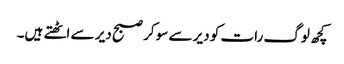
کچھ لوگ رات کو دیر سے سو کر صبح دیر سے اٹھتے ہیں۔